画像に写った文字を読んでください
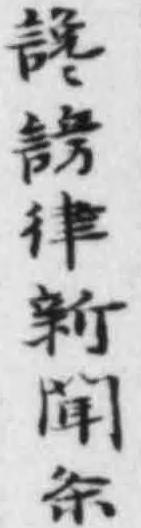
「讒謗律新闻条」と書いてあります